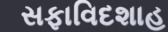
સફાવિદશાહ